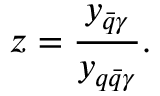
z = \frac { y _ { \bar { q } \gamma } } { y _ { q \bar { q } \gamma } } .